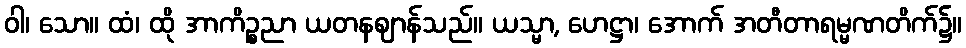
ဝါ၊ သော။ ထံ၊ ထို အာကိဉ္စညာ ယတနဈာန်သည်။ ယသ္မာ, ဟေဋ္ဌာ၊ အောက် အတီတာရမ္မဏတိက်၌။